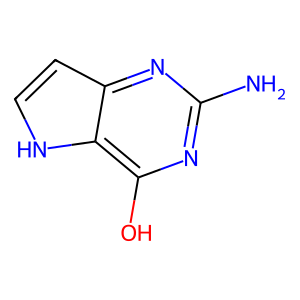
SMILES: Nc1nc(O)c2[nH]ccc2n1
Inhibits HIV replication: No